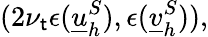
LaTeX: (2\nu_{\mathsf{t}}\epsilon(\underline{{{u}}}_{h}^{S}),\epsilon(\underline{{{v}}}_{h}^{S})),